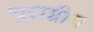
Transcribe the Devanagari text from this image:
धुराग्रीय